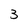
Character: 3